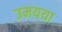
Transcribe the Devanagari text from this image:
उमयया